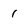
Character: 1